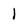
Character: 1